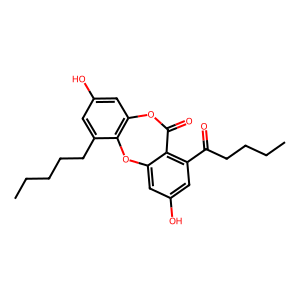
SMILES: CCCCCc1cc(O)cc2c1Oc1cc(O)cc(C(=O)CCCC)c1C(=O)O2
Inhibits HIV replication: No